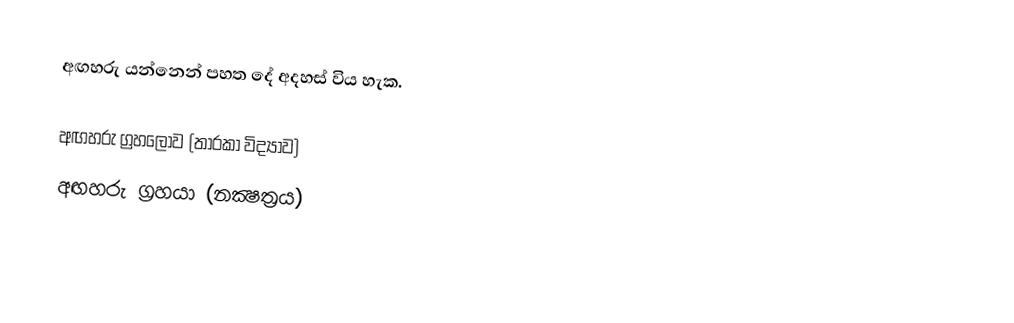
අඟහරු යන්නෙන් පහත දේ අදහස් විය හැක.

 අඟහරු ග්‍රහලොව (තාරකා විද්‍යාව)
 අඟහරු ග්‍රහයා (නක්‍ෂත්‍රය)